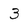
Character: 3